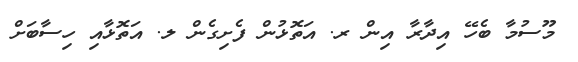
މޫސުމާ ބެހޭ އިދާރާ އިން ރ. އަތޮޅުން ފެށިގެން ލ. އަތޮޅާއި ހިސާބަށް